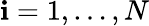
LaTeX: \mathbf{i}=1,\ldots,N